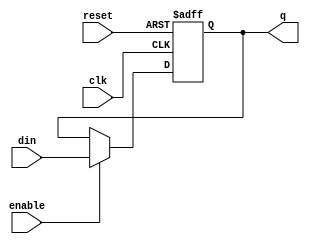
// *!***************************************************************************
// *! Copyright 2019 International Business Machines
// *!
// *! Licensed under the Apache License, Version 2.0 (the "License");
// *! you may not use this file except in compliance with the License.
// *! You may obtain a copy of the License at
// *! http://www.apache.org/licenses/LICENSE-2.0 
// *!
// *! The patent license granted to you in Section 3 of the License, as applied
// *! to the "Work," hereby includes implementations of the Work in physical form. 
// *!
// *! Unless required by applicable law or agreed to in writing, the reference design
// *! distributed under the License is distributed on an "AS IS" BASIS,
// *! WITHOUT WARRANTIES OR CONDITIONS OF ANY KIND, either express or implied.
// *! See the License for the specific language governing permissions and
// *! limitations under the License.
// *!***************************************************************************
module base_vlat_en (clk, reset, enable, din, q);

   parameter width=1;
   parameter [0:width-1] rstv = 0;
   input 	      clk;
   input 	      reset;
   input 	      enable;
   input [0:width-1]  din;
   output [0:width-1] q;
   reg [0:width-1]    q_int;
   wire 	      ena /* synthesis direct_enable = 1 */;
   assign ena = enable;

   initial q_int = rstv;
   
   always@(posedge clk or posedge reset)
     if (reset) q_int <= rstv;
     else if (ena) q_int <= din;
   assign q = q_int;
endmodule // base_vlat